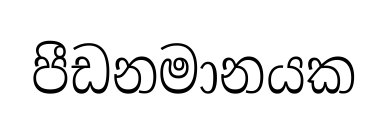
පීඩනමානයක